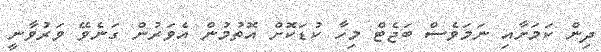
ދިން ކަމަށާއި ނަމަވެސް ބަޖެޓް މިހާ ކުޑަކޮށް އޮތުމުން އެވަރުން ގަނެވޭ ވަރުވާނީ